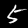
Label: 5